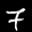
Label: 7